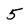
Character: 5